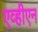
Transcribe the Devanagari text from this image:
एव्हीएन